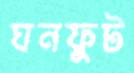
ঘনফুট